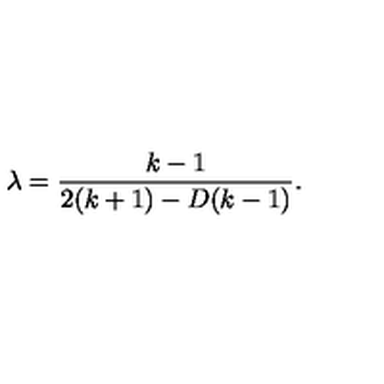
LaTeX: \lambda = \frac { k - 1 } { 2 ( k + 1 ) - D ( k - 1 ) } .